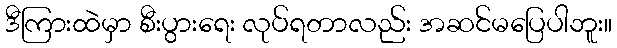
ဒီကြားထဲမှာ စီးပွားရေး လုပ်ရတာလည်း အဆင်မပြေပါဘူး။